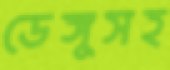
ডেঙ্গুসহ